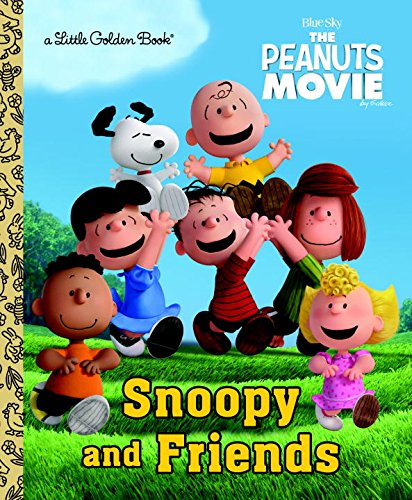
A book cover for Snoopy and Friends (The Peanuts Movie) (Little Golden Book); Golden Books; Children's Books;